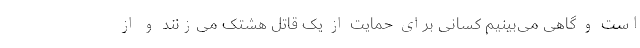
است و گاهی می‌بینیم کسانی برای حمایت از یک قاتل هشتک می‌زنند و از